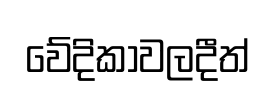
වේදිකාවලදීත්